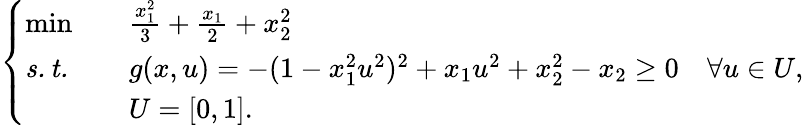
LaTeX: \left\{ \begin{array}{lll}{\operatorname*{min}}&&{\frac{x_{1}^{2}}{3}+\frac{x_{1}}{2}+x_{2}^{2}}\\ {\mathit{s.t.}}&&{g(x,u)=-(1-x_{1}^{2}u^{2})^{2}+x_{1}u^{2}+x_{2}^{2}-x_{2}\geq 0\quad\forall u\in U,}\\ &&{U=[0,1].}\end{array}\right.